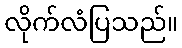
လိုက်လံပြသည်။